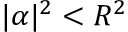
\vert \alpha \vert ^ { 2 } < R ^ { 2 }